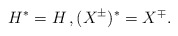
\begin{align*} H^* = H \,, (X^{\pm})^* = X^{\mp} .\end{align*}